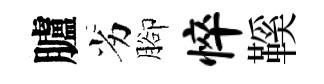
臚劣腳悴鞵